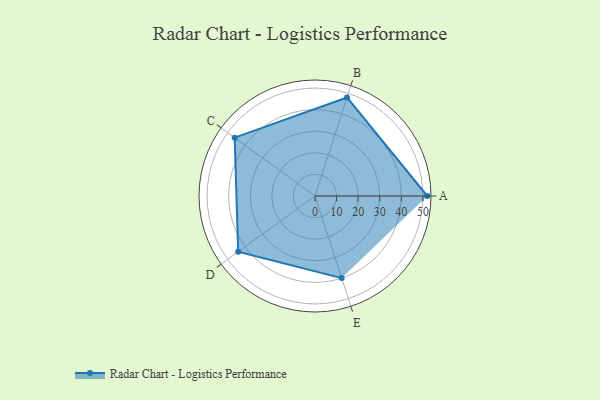
{"axis": {"x": "Skill", "y": "Score"}, "legend": ["Profile"], "data": [{"x": "A", "y": 52.0, "type": "Profile"}, {"x": "B", "y": 48.0, "type": "Profile"}, {"x": "C", "y": 46.0, "type": "Profile"}, {"x": "D", "y": 44.0, "type": "Profile"}, {"x": "E", "y": 40.0, "type": "Profile"}]}